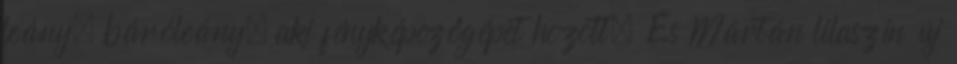
leány, báróleány, aki fényképezőgépet hozott. És Mártán lilaszín új